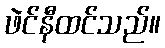
ဖဲင်နီထင်သည်။